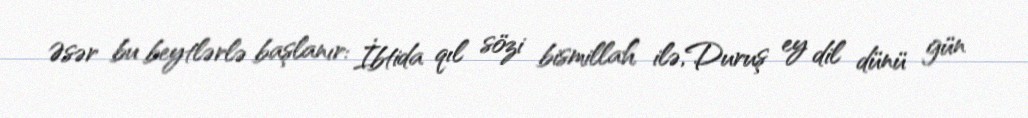
Əsər bu beytlərlə başlanır: İbtida qıl sözi bismillah ilə,Duruş ey dil dünü gün